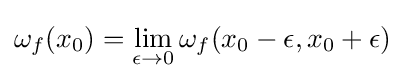
\omega _{f}(x_{0})=\lim _{\epsilon \to 0}\omega _{f}(x_{0}-\epsilon ,x_{0}+\epsilon )